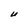
Character: U